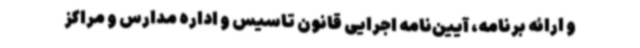
و ارائه برنامه، آیین‌نامه اجرایی قانون تاسیس و اداره مدارس و مراکز